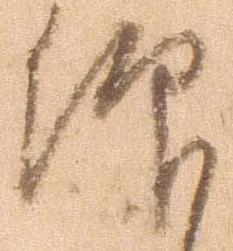
仰